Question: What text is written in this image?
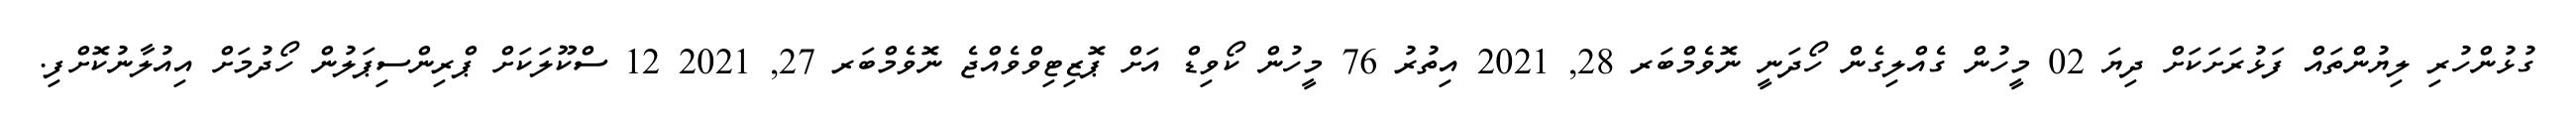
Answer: ގުޅުންހުރި ލިޔުންތައް ފަޅުރަށަކަށް ދިޔަ 02 މީހުން ގެއްލިގެން ހޯދަނީ ނޮވެމްބަރ 28, 2021 އިތުރު 76 މީހުން ކޯވިޑް އަށް ޕޮޒިޓިވްވެއްޖެ ނޮވެމްބަރ 27, 2021 12 ސްކޫލަކަށް ޕްރިންސިޕަލުން ހޯދުމަށް އިއުލާނުކޮށްފި.